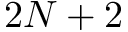
2 N + 2